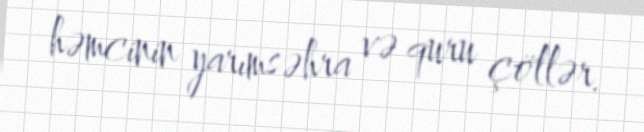
həmcinin yarımsəhra və quru çöllər.